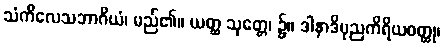
သံကိလေသဘာဂိယံ၊ မည်၏။ ယတ္ထ သုတ္တေ၊ ၌။ ဒါနာဒိပုညကိရိယဝတ္ထု၊